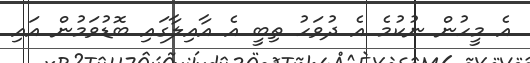
އެ މީހުން ނުކުމެ އެ ދުވަހު ތިބީ އެ އާއިލާގައި ބޮޑުވަމުން އައި